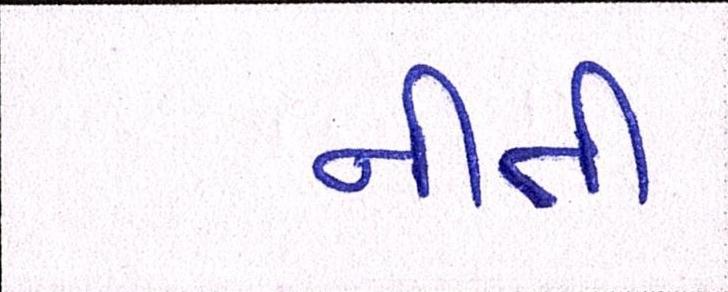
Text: નીતી